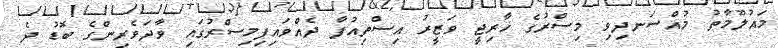
މައުލޫމާތު މުއްސަނދިވި މިސްރުގެ ޚާރިޖީ ވަޒީރު އިސްތިއުފާ ދެއްވައިފިމިސްރުގައި ވާދަވެރިންގެ ބޮޑު ދެ